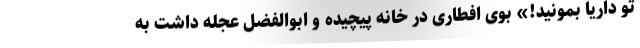
تو داریا بمونید!» بوی افطاری در خانه پیچیده و ابوالفضل عجله داشت به